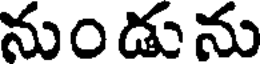
నుండును